Civil Veterinary Dept. Bombay admin report 1923-31 - 1923-1931
Year: 1923
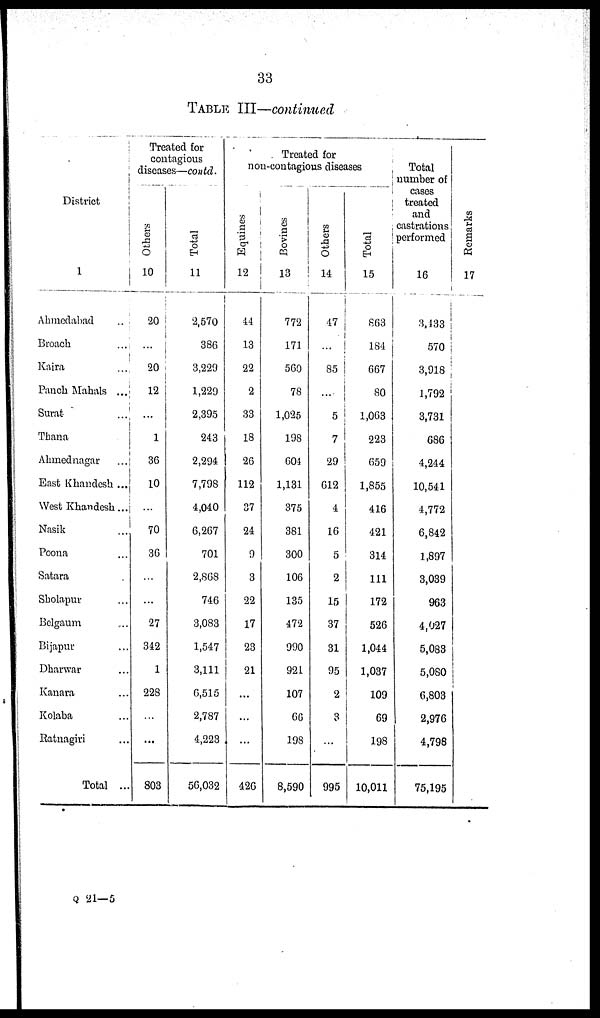
33
TABLE III—continued
District
1
Ahmedabad ...
Broach ...
Kaira ...
Panch Mahals ...
Surat
...
Thana...
Ahmednagar
...
East Khandesh ...
West Khandesh ...
Nasik ...
Poona ...
Satara ...
Sholapur ...
Belgaum ...
Bijapur ...
Dharwar ...
Kanara ...
Kolaba ...
Ratnagiri ...
Total ...
Treated for
contagious
diseases—contd.
Others
10
20
...
20
12
...
1
36
10
...
70
36
...
...
27
342
1
228
...
...
803
Total
11
2,570
386
3,229
1,229
2,395
243
2,294
7,798
4,040
6,267
701
2,868
746
3,083
1,547
3,111
6,515
2,787
4,223
56,032
Treated for
non-contagious diseases
Equines
12
44
13
22
2
33
18
26
112
37
24
9
3
22
17
23
21
...
...
...
426
Bovines
13
772
171
560
78
1,025
198
604
1,131
375
381
300
106
135
472
990
921
107
66
198
8,590
Others
14
47
...
85
...
5
7
29
612
4
16
5
2
15
37
31
95
2
3
...
995
Total
15
863
184
667
80
1,063
223
659
1,855
416
421
314
111
172
526
1,044
1,037
109
69
198
10,011
Total
number of
cases
treated
and
castrations
performed
16
3,433
570
3,918
1,792
3,731
686
4,244
10,541
4,772
6,842
1,897
3,039
963
4,027
5,083
5,080
6,803
2,976
4,798
75,195
Remarks
17
Q 21—5